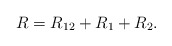
\begin{align*}R=R_{12}+R_1+R_2.\end{align*}